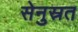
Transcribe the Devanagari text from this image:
सेनुस्रत